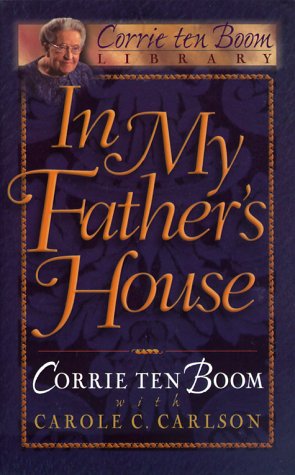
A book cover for In My Father's House: The Years Before "The Hiding Place" (Corrie Ten Boom Library); Corrie Ten Boom; Biographies & Memoirs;